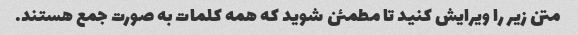
متن زیر را ویرایش کنید تا مطمئن شوید که همه کلمات به صورت جمع هستند.